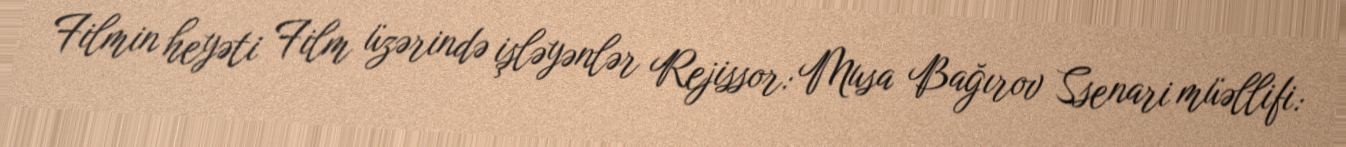
Filmin heyəti Film üzərində işləyənlər Rejissor: Musa Bağırov Ssenari müəllifi: